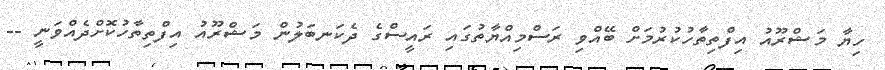
ހިޔާ މަޝްރޫއު އިފްތިތާހުކުރުމަށް ބޭއްވި ރަސްމިއްޔާތުގައި ރައީސްގެ ދެކަނބަލުން މަޝްރޫއު އިފްތިތާހުކޮށްދެއްވަނީ --